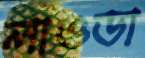
লাওডা